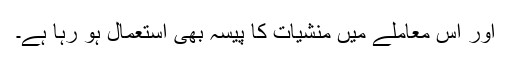
اور اس معاملے میں منشیات کا پیسہ بھی استعمال ہو رہا ہے۔